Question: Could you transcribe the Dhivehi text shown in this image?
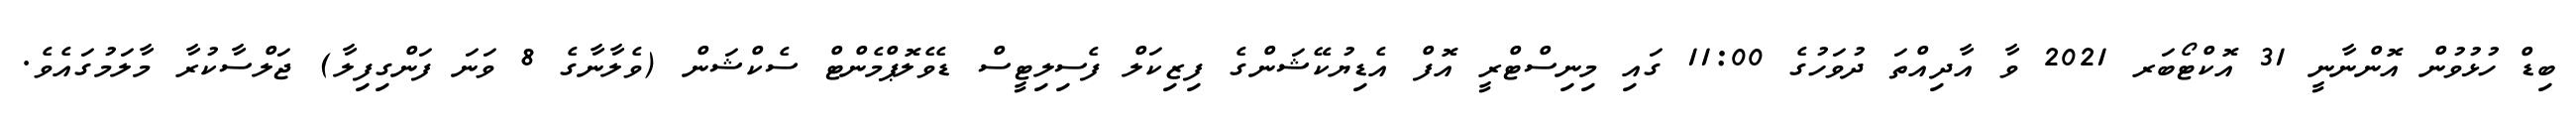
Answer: ބިޑް ހުޅުވުން އޮންނާނީ 31 އޮކްޓޯބަރ 2021 ވާ އާދިއްތަ ދުވަހުގެ 11:00 ގައި މިނިސްޓްރީ އޮފް އެޑިޔުކޭޝަންގެ ފިޒިކަލް ފެސިލިޓީސް ޑެވެލޮޕްމެންޓް ސެކްޝަން (ވެލާނާގެ 8 ވަނަ ފަންގިފިލާ) ޖަލްސާކުރާ މާލަމުގައެވެ.